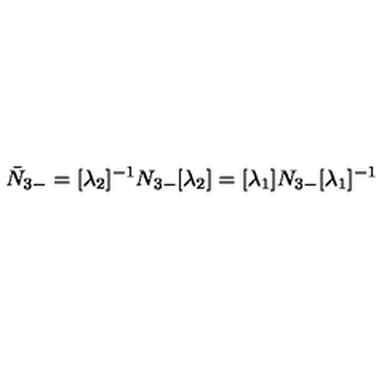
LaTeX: \bar { N } _ { 3 - } = [ \lambda _ { 2 } ] ^ { - 1 } N _ { 3 - } [ \lambda _ { 2 } ] = [ \lambda _ { 1 } ] N _ { 3 - } [ \lambda _ { 1 } ] ^ { - 1 }